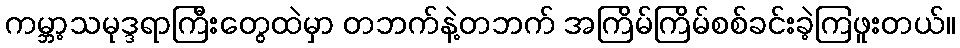
ကမ္ဘာ့သမုဒ္ဒရာကြီးတွေထဲမှာ တဘက်နဲ့တဘက် အကြိမ်ကြိမ်စစ်ခင်းခဲ့ကြဖူးတယ်။